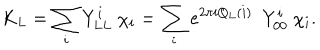
K _ { L } = \sum _ { i } Y _ { L L } ^ { i } \ \chi _ { i } = \sum _ { i } e ^ { 2 \pi i Q _ { L } ( i ) } \ \ Y _ { 0 0 } ^ { i } \ \chi _ { i } .